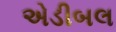
એડીબલ